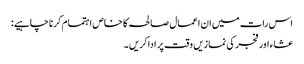
اس رات میں ان اعمال صالحہ کا خاص اہتمام کرنا چاہیے:
عشاء اور فجر کی نمازیں وقت پر ادا کریں ۔